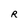
Character: R